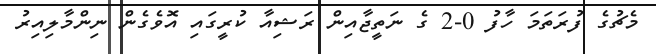
މެޗުގެ ފުރަތަމަ ހާފު 0-2 ގެ ނަތީޖާއިން ރަޝިއާ ކުރީގައި އޮވެގެން ނިންމާލިއިރު